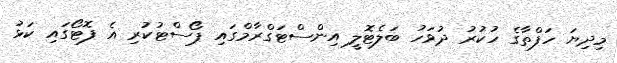
މިދިޔަ ހަފްތާގެ ހުކުރު ދުވަހު ބަލެޓޮލީ އިންސްޓަގްރާމްގައި ޕޯސްޓުކުރި އެ ފޮޓޯގައި ކަޅު